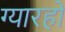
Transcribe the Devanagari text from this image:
ग्यारहों